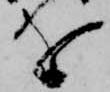
を